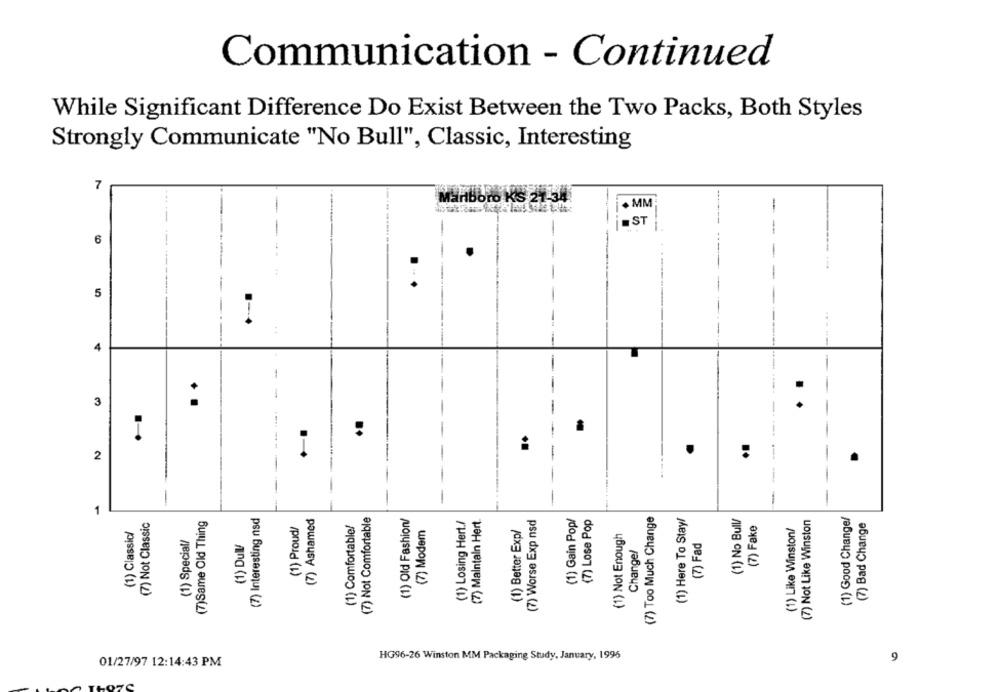
Communication - Continued
While Significant Difference Do Exist Between the Two Packs, Both Styles
Strongly Communicate "No Bull", Classic, Interesting
7
Marlboro KS 21-34
MM
. ST
6
5
4.4
4
-
-
. .
3
..
..
.
2
.
-
-
1
(7) Interesting nsd
(7) Ashamed
(7) Not Comfortable
(1) Old Fashion/
(7) Worse Exp nsd
(1) Gain Pop/
(7) Lose Pop
(7) Too Much Change
(1) Here To Stay/
(1) No Bull/
(1) Good Change/
(7) Not Classic
(7)Same Old Thing
(1) Proud/
(1) Comfortable/
(1) Losing Hert./
(7) Maintain Hert
(7) Fake
(7) Not Like Winston
(7) Bad Change
(1) Classic/
(7) Modem
(1) Better Exp/
(1) Not Enough
(1) Like Winston/
(1) Special/
(1) Dull/
(7) Fad
Changel
HG96-26 Winston MM Packaging Study, January, 1996
9
01/27/97 12:14:43 PM